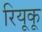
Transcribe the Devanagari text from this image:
रियूकू